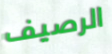
الرصيف